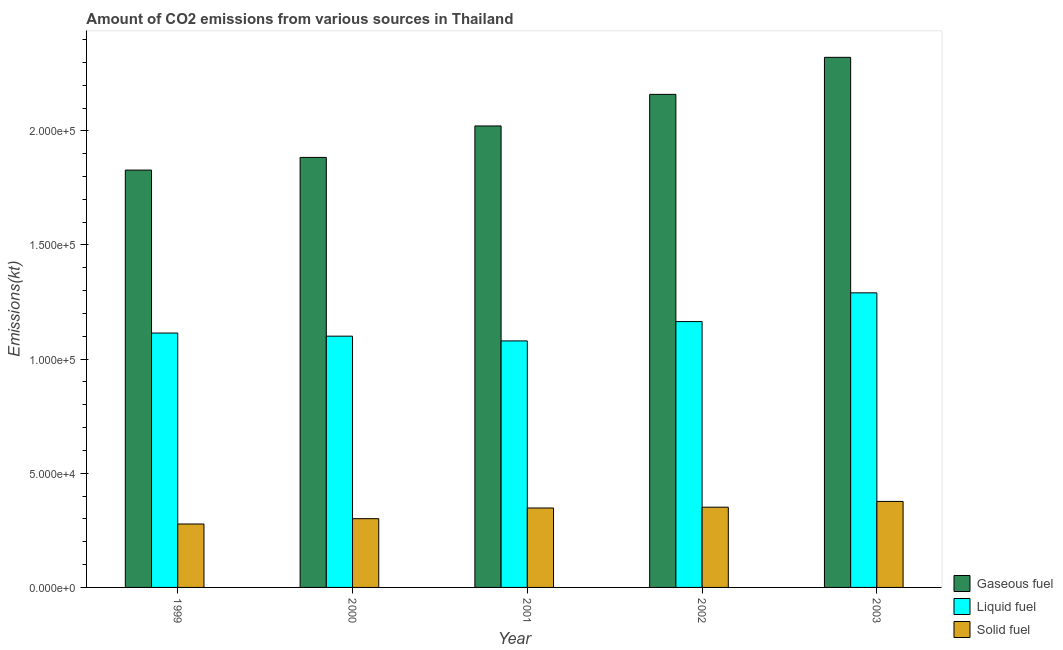
| Year | Gaseous fuel | Liquid fuel | Solid fuel |
 | --- | --- | --- | --- |
 | 1999 | 1.83e+05 | 1.11e+05 | 2.78e+04 |
 | 2000 | 1.88e+05 | 1.1e+05 | 3.01e+04 |
 | 2001 | 2.02e+05 | 1.08e+05 | 3.48e+04 |
 | 2002 | 2.16e+05 | 1.16e+05 | 3.51e+04 |
 | 2003 | 2.32e+05 | 1.29e+05 | 3.77e+04 |